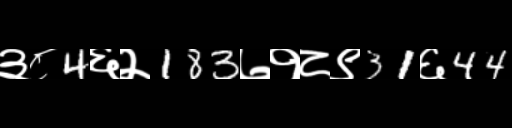
Text: ३८4६२183७१८९31६44